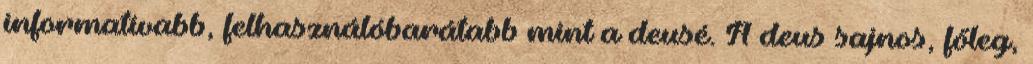
informatívabb, felhasználóbarátabb mint a deusé. A deus sajnos, főleg,